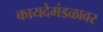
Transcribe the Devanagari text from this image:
कायदेमंडळावर